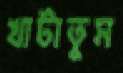
খাটাতুম